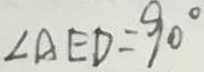
\angle A E D = 9 0 ^ { \circ }